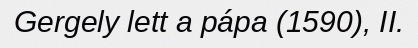
Gergely lett a pápa (1590), II.